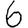
Digit: 6